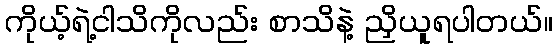
ကိုယ့်ရဲ့ငါသိကိုလည်း စာသိနဲ့ ညှိယူရပါတယ်။